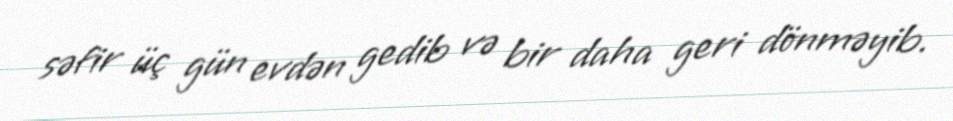
səfir üç gün evdən gedib və bir daha geri dönməyib.